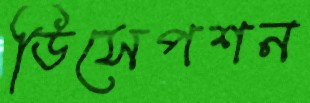
ডিসেপশন